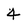
Character: 4